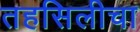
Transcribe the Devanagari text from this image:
तहसिलीचा